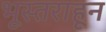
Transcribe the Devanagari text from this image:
भूस्तराहून